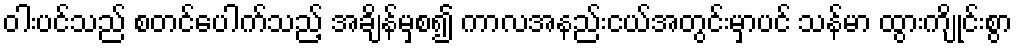
ဝါးပင်သည် စတင်ပေါက်သည့် အချိန်မှစ၍ ကာလအနည်းငယ်အတွင်းမှာပင် သန်မာ ထွားကျိုင်းစွာ